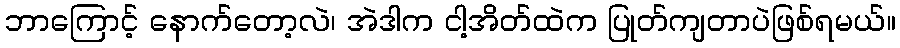
ဘာကြောင့် နောက်တော့လဲ၊ အဲဒါက ငါ့အိတ်ထဲက ပြုတ်ကျတာပဲဖြစ်ရမယ်။